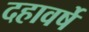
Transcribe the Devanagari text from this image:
दहावर्षे